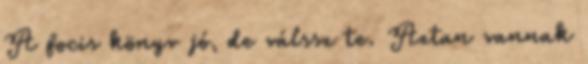
A focis könyv jó, de válssz te. Aztan vannak